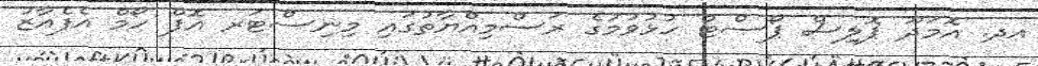
އދ. އޮމަދޫ ޕޮލިސް ޕޯސްޓް ހުޅުވުމުގެ ރަސްމިއްޔާތުގައި މިނިސްޓަރ އޮފް ހޯމް އެފެއާޒު